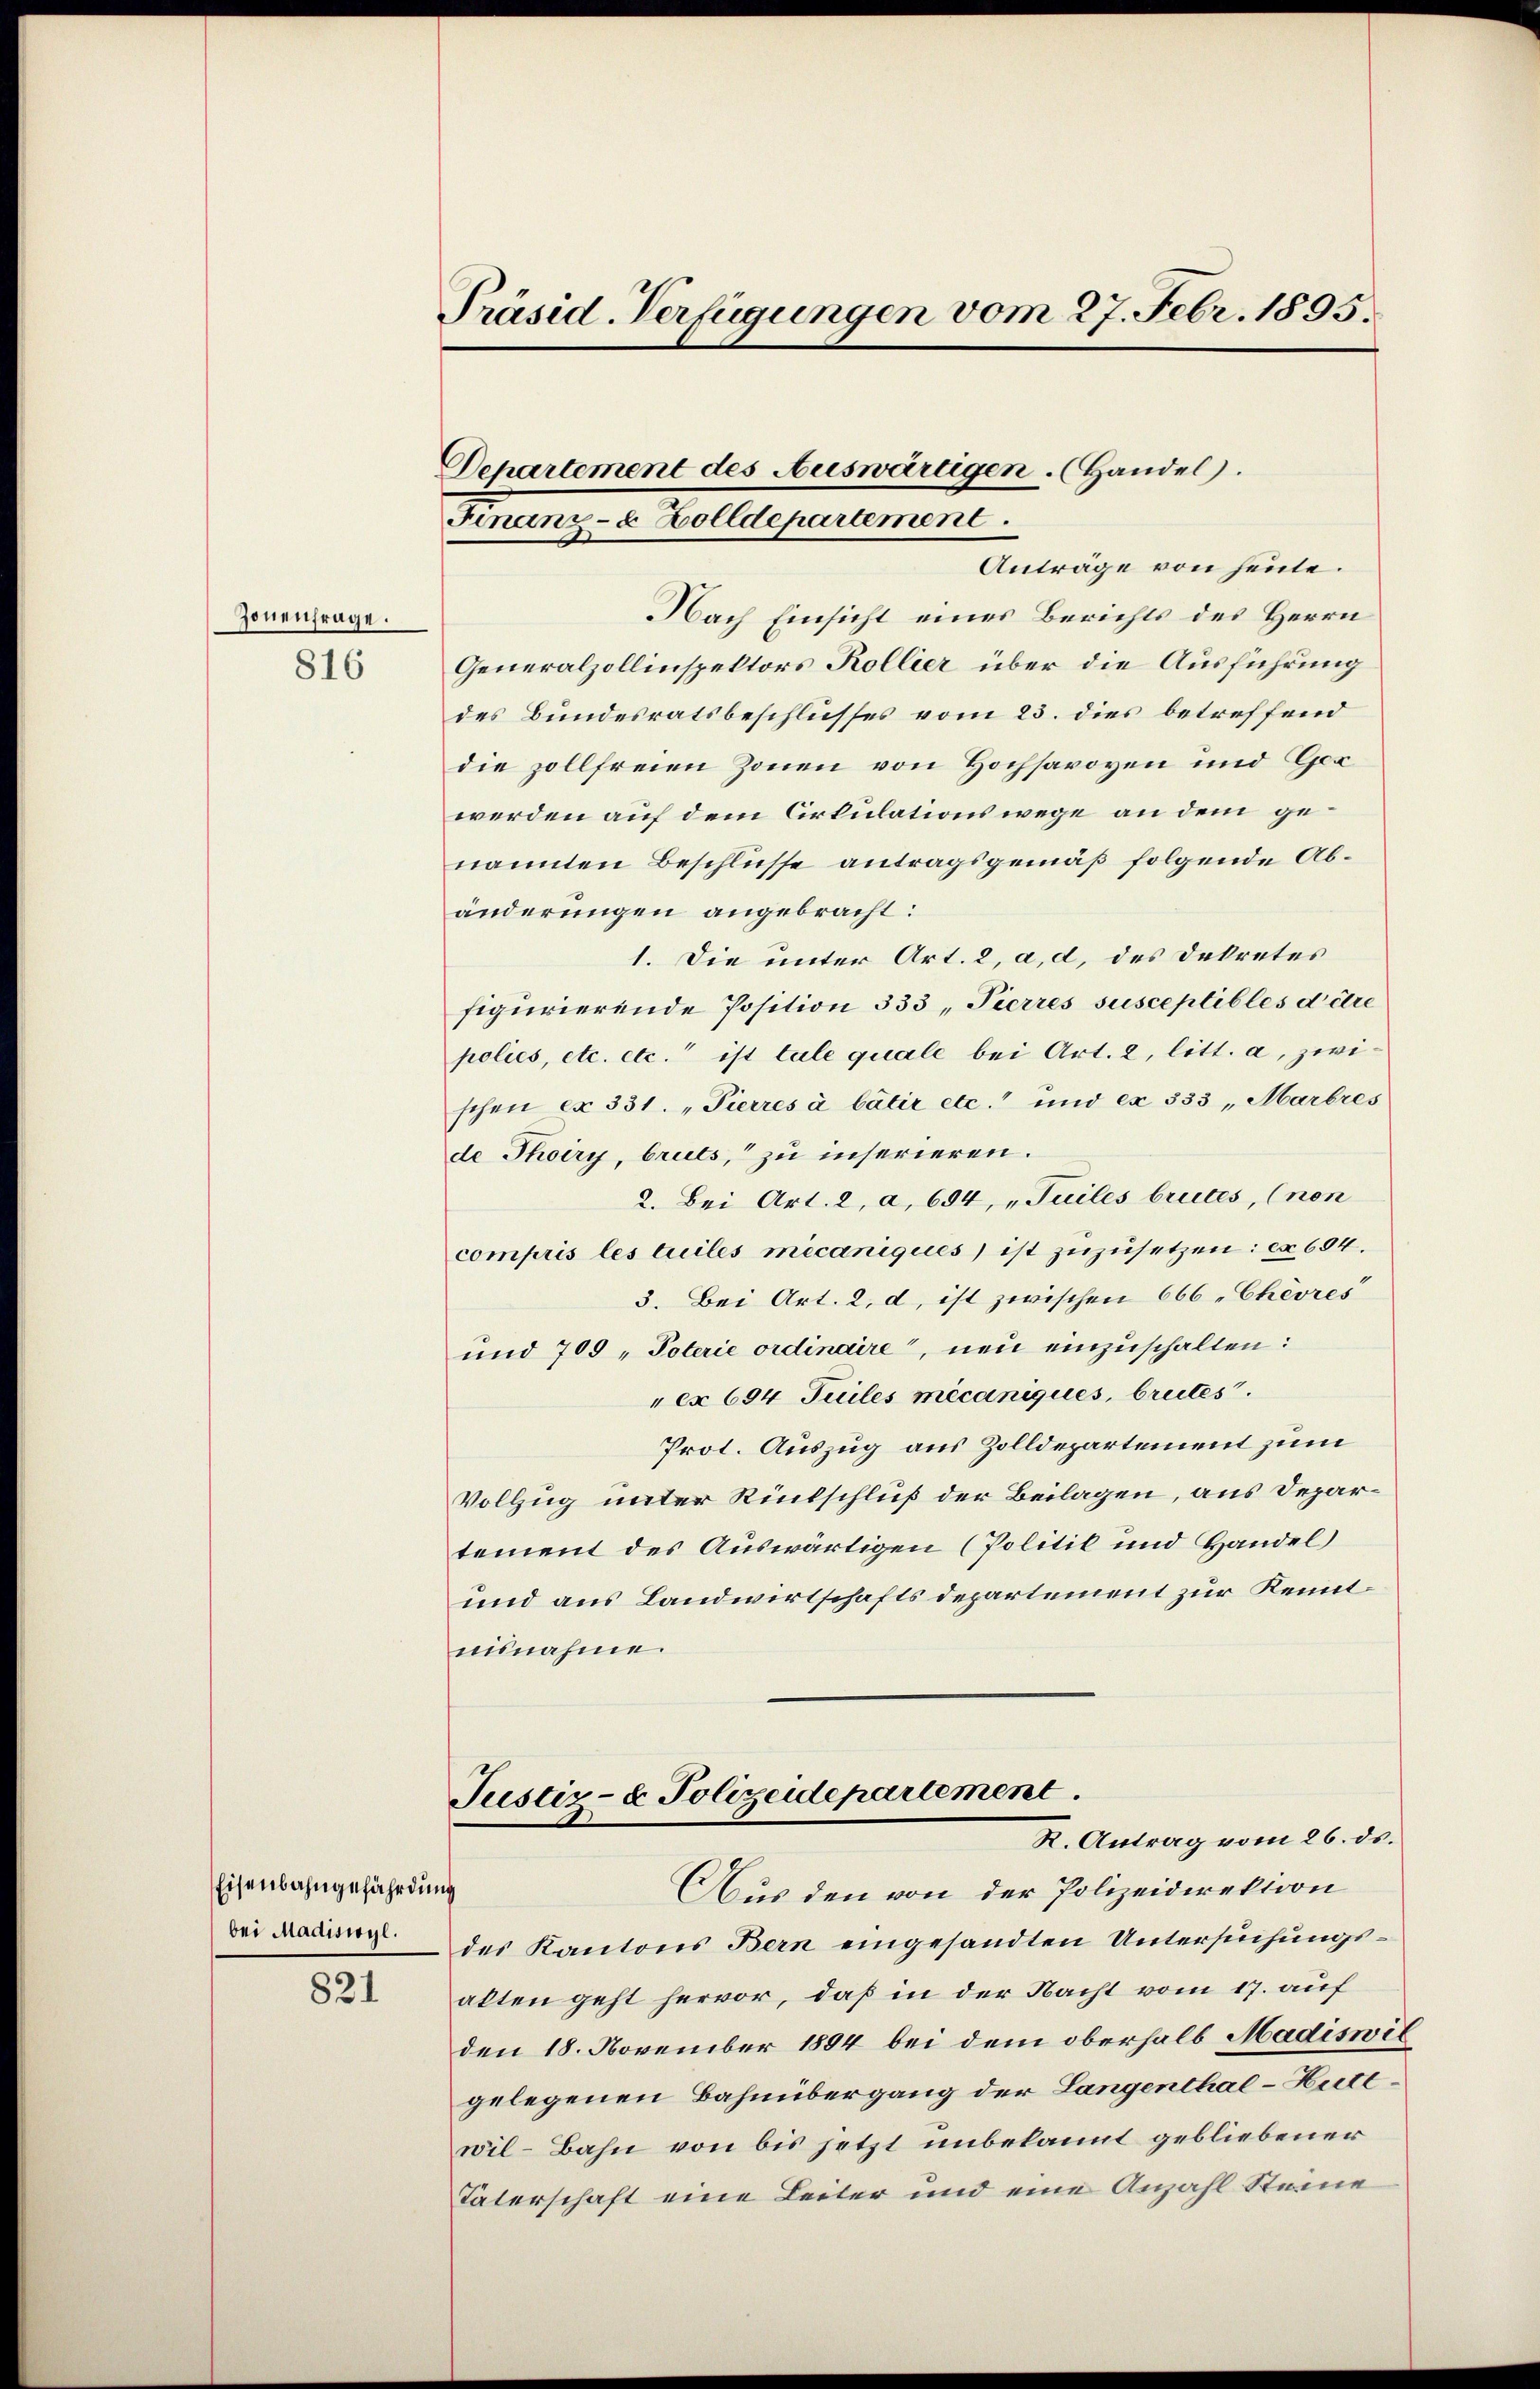
Zonenfrage.

816

Eisenbahngefährdung
bei Madiswyl.

821

Präsid. Verfügungen vom 27. Febr. 1895.

Departement des Auswärtigen. (Handel.
Finanz- & Zolldepartement.

Anträge von heute.
Nach Einsicht eines Berichts des Herrn
Generalzollinspektors Kollier über die Ausführung
des Bundesratsbeschlusses vom 23. dies betreffend
die zollfreien Zonen von Hochsavoyen und Ger
werden auf dem Cirkulationswege an dem genannten Beschlusse antragsgemäß folgende Abänderungen angebracht:
1. Die unter Art. 2, a, d. des Dekretes
figurierende Position 333, Pierres susceptibles dere
polies, etc. etc. ist tale quale bei Art. 2, litt. a, zwischen er 331. „Pierres à bâtir etc. und ex 333 „Marbres
de Thoiry, bruts, zu inserieren.
2. Bei Art. 2, a, 694, „Tuiles brutes, (non
compris les tuiles micaniques ist zŭzŭsetzen: ca 604.
3. Bei Art. 2. d. ist zwischen 666 "Chèvres
und 709 „Poterie ordinaire, neu einzuschalten:
ex 694 Juiles micaniques, breites.
Prot. Auszug aus Zolldepartement zum
Vollzug unter Rintschluß der Beilagen, aus Departement des Auswärtigen (Politil und Handel
und aus Landwirtschaftsdepartement zur Kenntuunahme.
Justiz- & Polizeidepartement
R. Antrag vom 26. ds.
Aus den von der Polizeidirektion
des Kantons Bern eingesandten Untersuchungsalten geht hervor, daß in der Nacht vom 17. auf
den 18. November 1894 bei dem oberhalb Madiswil
gelegenen Bahnübergang der Langenthal-Heitewil-Bahn von bis jetzt unbekannt gebliebener
Vaterschaft eine Leiter und eine Anzahl Steine